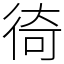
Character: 徛